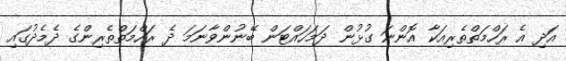
އަދި އެ ރަހްމަތްތެރިއަކާ އޮންނަ ގުޅުން ދަމަހައްޓަން ބޭނުންވާނަމަ ދެ ރަހްމަތްތެރިންގެ ދެމެދުގައި